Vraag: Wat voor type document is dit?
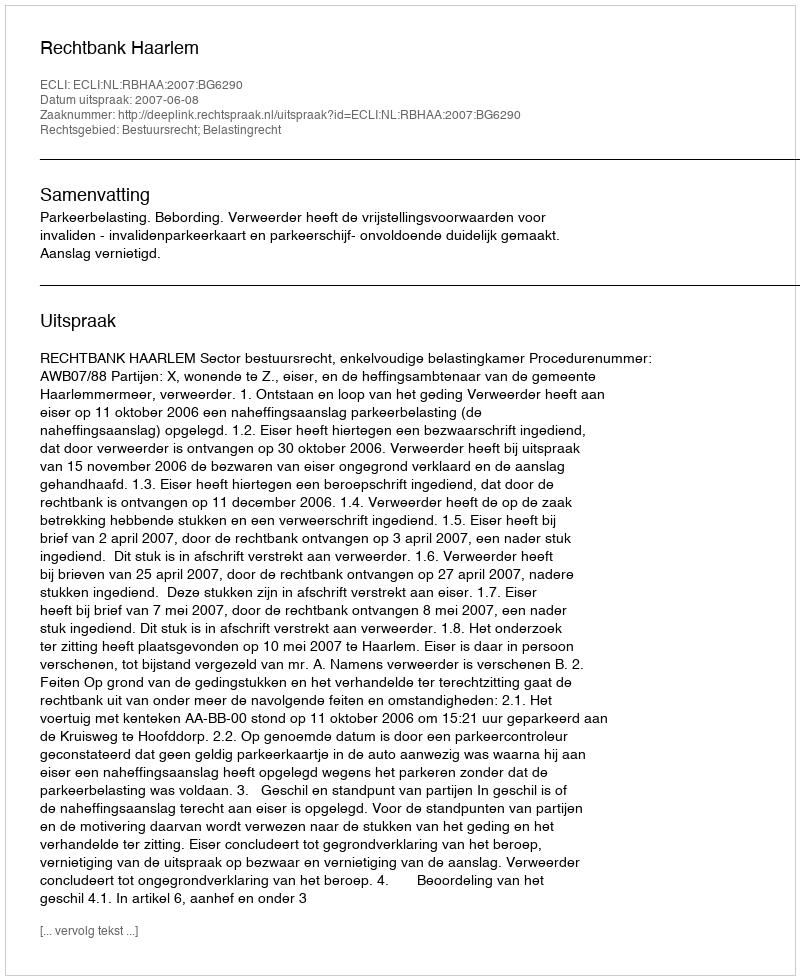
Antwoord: Uitspraak